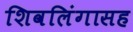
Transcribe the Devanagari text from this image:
शिवलिंगासह